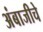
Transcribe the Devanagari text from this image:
अंबाजीचे